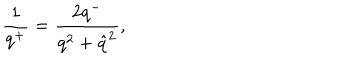
\frac { 1 } { q ^ { + } } = \frac { 2 q ^ { - } } { q ^ { 2 } + \hat { q } ^ { 2 } } ,